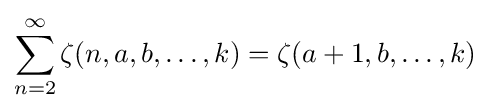
\sum _{n=2}^{\infty }\zeta (n,a,b,\dots ,k)=\zeta (a+1,b,\dots ,k)